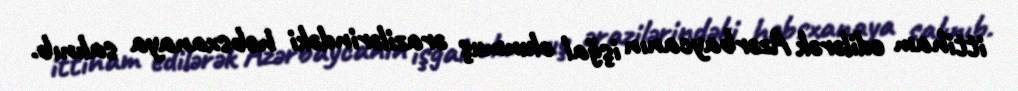
ittiham edilərək Azərbaycanın işğal olunmuş ərazilərindəki həbsxanaya salınıb.